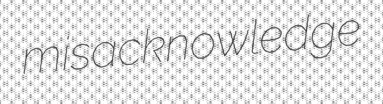
misacknowledge